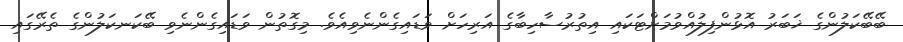
ބޭބޭކަލުންގެ ޚަބަރު އޮޅުންފިލުއްވުމަށްޓަކައި އިތުރުސާހިބާގެ އަރިހަށް ވަޑައިގެންނެވިއެވެ. މިގޮތުން ވަޑައިގެންނެވި ބޭކަނކަލުންގެ ތެރޭގައި